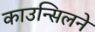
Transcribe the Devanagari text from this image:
काउन्सिलने